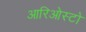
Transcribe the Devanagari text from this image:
आरिओस्टो